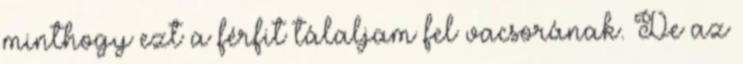
minthogy ezt a férfit tálaljam fel vacsorának. De az